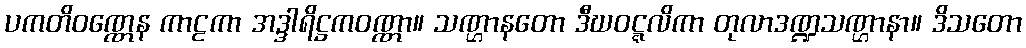
ပကတိဝဏ္ဏေန ကာဠကာ အဒ္ဒါရိဋ္ဌကဝဏ္ဏာ။ သဏ္ဌာနတော ဒီဃဝဋ္ဋလိကာ တုလာဒဏ္ဍသဏ္ဌာနာ။ ဒိသတော